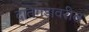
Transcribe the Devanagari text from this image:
दातेगडावरील